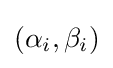
(\alpha _{i},\beta _{i})